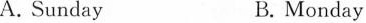
A. Sunday B. Monday